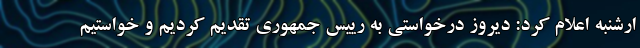
ارشنبه اعلام کرد: دیروز درخواستی به رییس جمهوری تقدیم کردیم و خواستیم